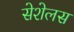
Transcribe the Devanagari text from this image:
सेशेलस